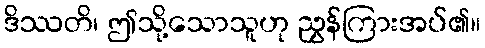
ဒိဿတိ၊ ဤသို့သောသူဟု ညွှန်ကြားအပ်၏။